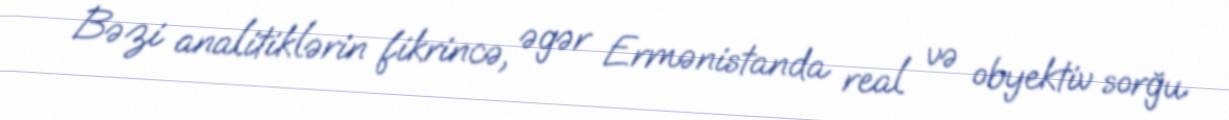
Bəzi analitiklərin fikrincə, əgər Ermənistanda real və obyektiv sorğu